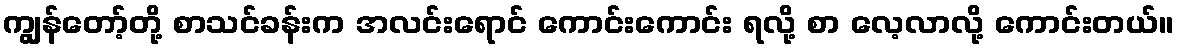
ကျွန်တော့်တို့ စာသင်ခန်းက အလင်းရောင် ကောင်းကောင်း ရလို့ စာ လေ့လာလို့ ကောင်းတယ်။